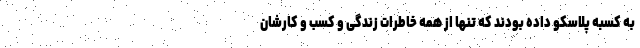
به کسبه پلاسکو داده بودند که تنها از همه خاطرات زندگی و کسب و کارشان